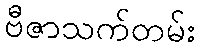
ဗီဇာသက်တမ်း